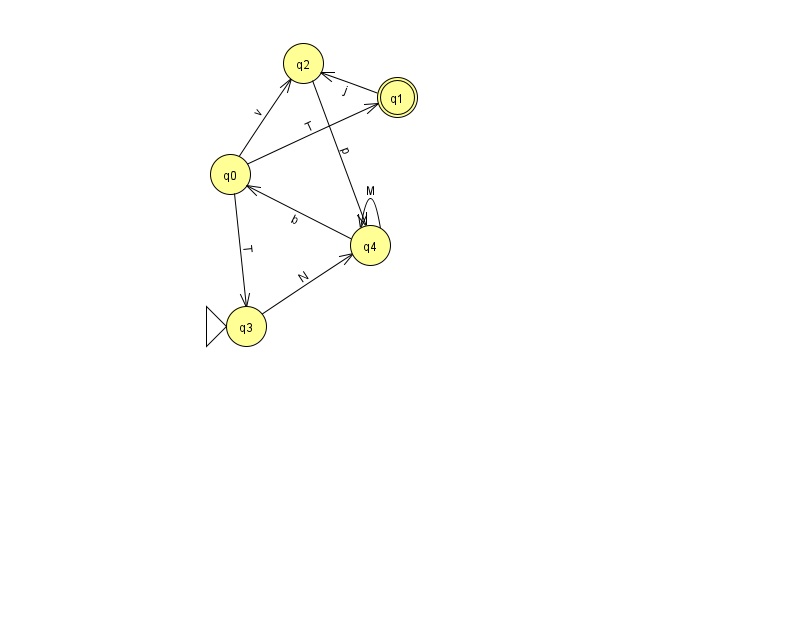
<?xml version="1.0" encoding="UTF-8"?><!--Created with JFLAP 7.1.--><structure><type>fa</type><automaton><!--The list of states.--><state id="0" name="q0"><x>230.0</x><y>161.0</y></state><state id="1" name="q1"><x>397.0</x><y>84.0</y><final/></state><state id="2" name="q2"><x>303.0</x><y>50.0</y></state><state id="3" name="q3"><x>246.0</x><y>313.0</y><initial/></state><state id="4" name="q4"><x>370.0</x><y>232.0</y></state><!--The list of transitions.--><transition><from>0</from><to>1</to><read>T</read></transition><transition><from>0</from><to>2</to><read>v</read></transition><transition><from>1</from><to>2</to><read>j</read></transition><transition><from>2</from><to>4</to><read>p</read></transition><transition><from>0</from><to>3</to><read>T</read></transition><transition><from>4</from><to>0</to><read>b</read></transition><transition><from>3</from><to>4</to><read>N</read></transition><transition><from>4</from><to>4</to><read>M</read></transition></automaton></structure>